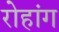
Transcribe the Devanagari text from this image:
रोहांग